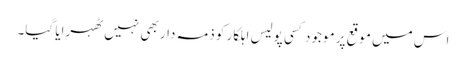
اس میں موقع پر موجود کسی پولیس اہلکار کو ذمہ دار بھی نہیں ٹھہرایا گیا۔